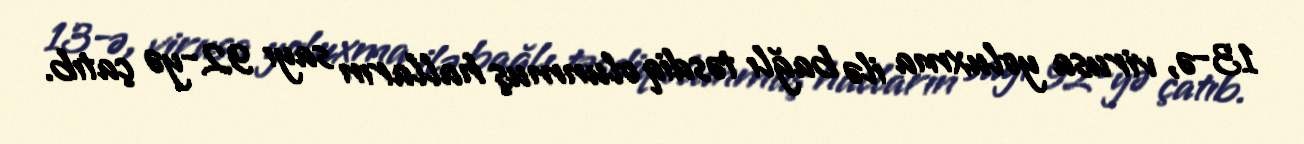
13-ə, virusa yoluxma ilə bağlı təsdiq olunmuş halların sayı 92-yə çatıb.